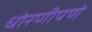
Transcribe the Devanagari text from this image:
धोरणीपणे